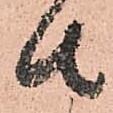
者